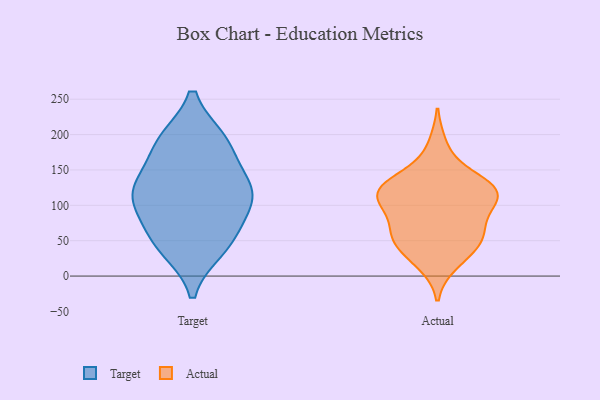
{"axis": {"x": "Revenue (USD Million)", "y": "Value"}, "legend": ["Actual", "Target"], "data": [{"x": "", "y": 129, "type": "Target"}, {"x": "", "y": 188, "type": "Target"}, {"x": "", "y": 110, "type": "Target"}, {"x": "", "y": 54, "type": "Target"}, {"x": "", "y": 189, "type": "Target"}, {"x": "", "y": 86, "type": "Target"}, {"x": "", "y": 46, "type": "Target"}, {"x": "", "y": 191, "type": "Target"}, {"x": "", "y": 39, "type": "Target"}, {"x": "", "y": 109, "type": "Target"}, {"x": "", "y": 131, "type": "Target"}, {"x": "", "y": 123, "type": "Target"}, {"x": "", "y": 117, "type": "Actual"}, {"x": "", "y": 53, "type": "Actual"}, {"x": "", "y": 55, "type": "Actual"}, {"x": "", "y": 49, "type": "Actual"}, {"x": "", "y": 101, "type": "Actual"}, {"x": "", "y": 130, "type": "Actual"}, {"x": "", "y": 62, "type": "Actual"}, {"x": "", "y": 91, "type": "Actual"}, {"x": "", "y": 60, "type": "Actual"}, {"x": "", "y": 120, "type": "Actual"}, {"x": "", "y": 126, "type": "Actual"}, {"x": "", "y": 18, "type": "Actual"}, {"x": "", "y": 184, "type": "Actual"}, {"x": "", "y": 142, "type": "Actual"}, {"x": "", "y": 115, "type": "Actual"}, {"x": "", "y": 124, "type": "Actual"}, {"x": "", "y": 27, "type": "Actual"}, {"x": "", "y": 102, "type": "Actual"}]}